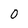
Character: 0